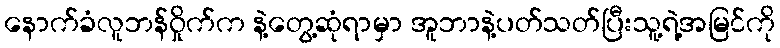
နောက်ခံလူဘန်ဝှိုက်က နဲ့တွေ့ဆုံရာမှာ အူဘာနဲ့ပတ်သတ်ပြီးသူ့ရဲ့အမြင်ကို